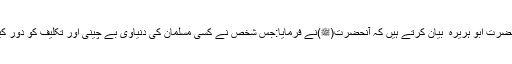
حضرت ابو ہریرہ ؓ بیان کرتے ہیں کہ آنحضرت(ﷺ)نے فرمایا:جس شخص نے کسی مسلمان کی دنیاوی بے چینی اور تکلیف کو دور کیا۔